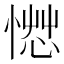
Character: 𰒂